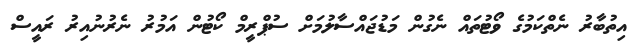
އިތުބާރު ނެތްކަމުގެ ވޯޓުތައް ނެގުން މަޑުޖައްސާލުމަށް ސުޕްރީމް ކޯޓުން އަމުރު ނެރުނުއިރު ރައީސް